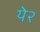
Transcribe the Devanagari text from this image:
ये२